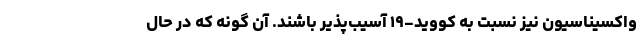
واکسیناسیون نیز نسبت به کووید-۱۹ آسیب‌پذیر باشند. آن گونه که در حال